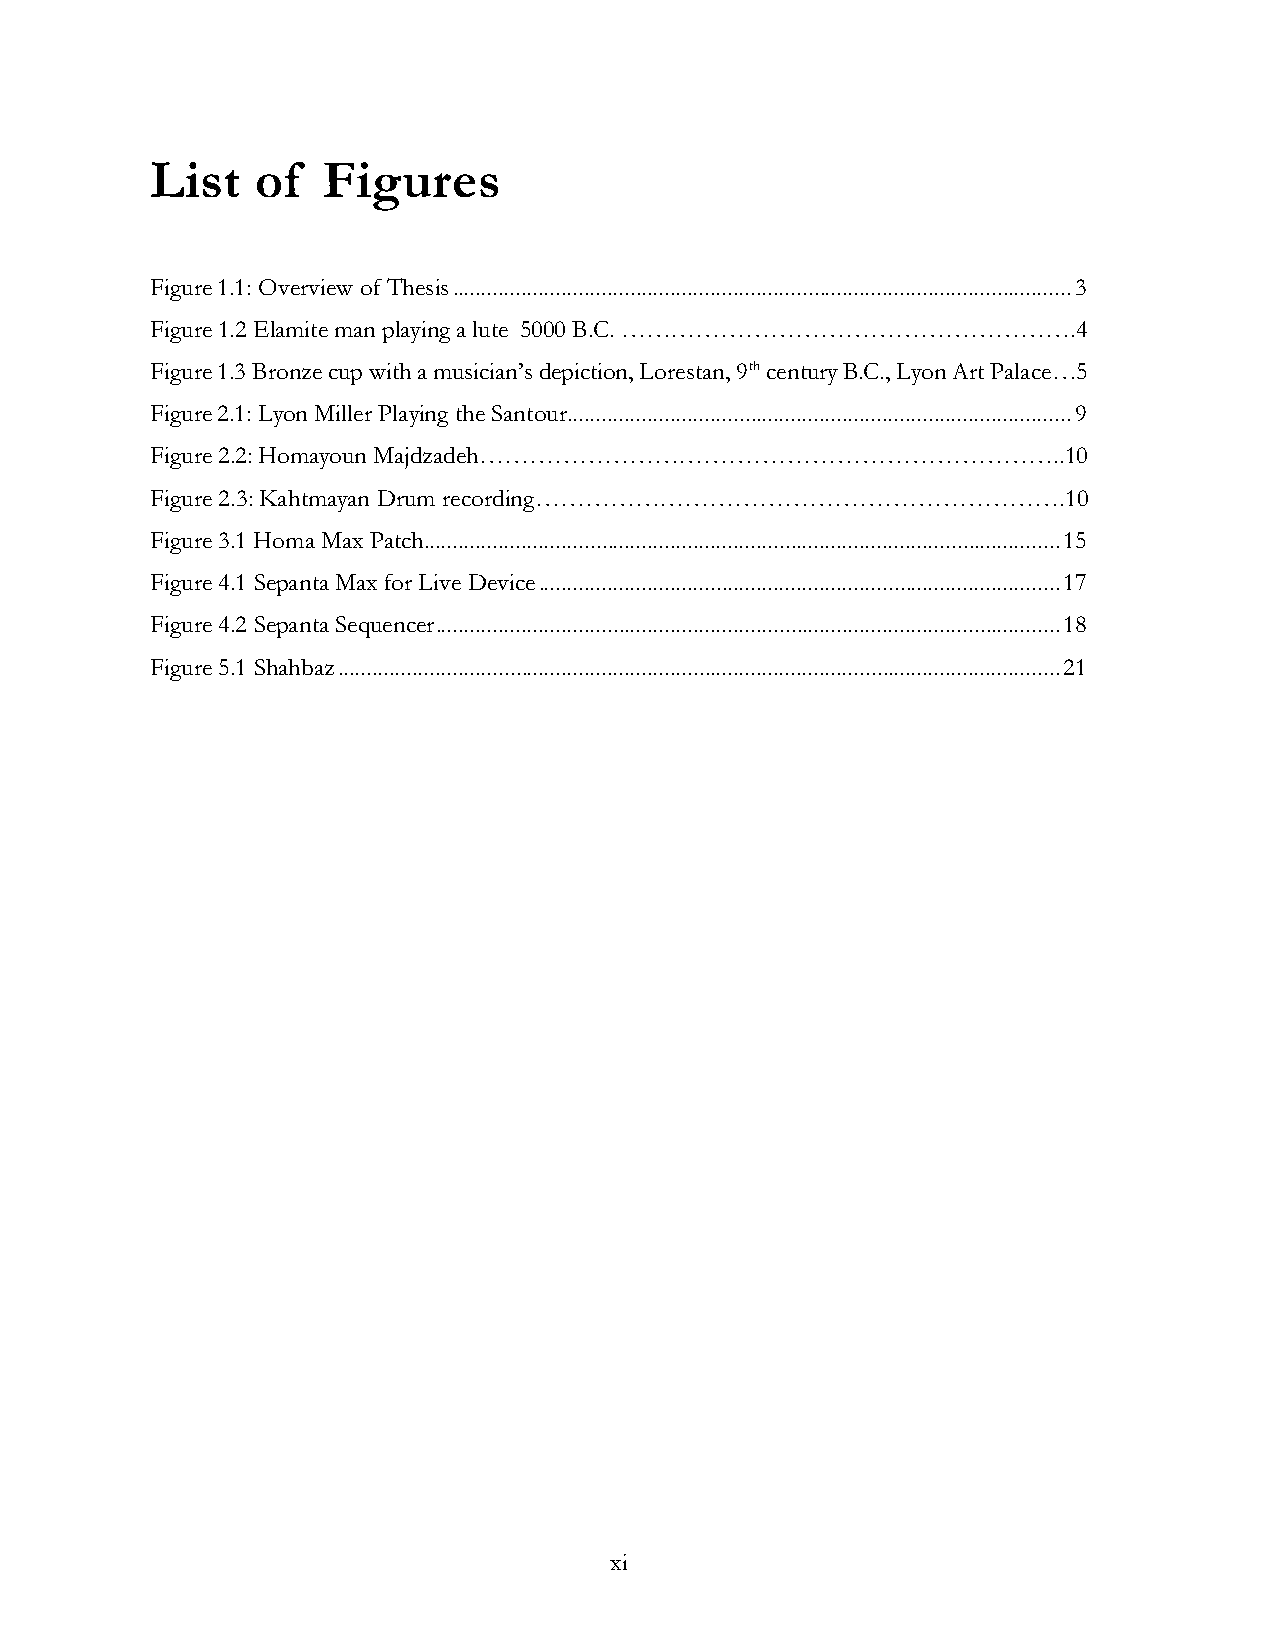
List   of  Figures
 Figure 1.1: Overview of Thesis ............................................................................................................ 3
 Figure 1.2 Elamite man playing a lute 5000 B.C. ……………………………………………….4
 Figure 1.3 Bronze cup with a musician’s depiction, Lorestan, 9th century B.C., Lyon Art Palace…5
 Figure 2.1: Lyon Miller Playing the Santour ........................................................................................ 9
 Figure 2.2: Homayoun Majdzadeh……………………………………………………………..10
 Figure 2.3: Kahtmayan Drum recording……………………………………………………….10
 Figure 3.1 Homa Max Patch............................................................................................................... 15
 Figure 4.1 Sepanta Max for Live Device ........................................................................................... 17
 Figure 4.2 Sepanta Sequencer ............................................................................................................. 18
 Figure 5.1 Shahbaz .............................................................................................................................. 21
 xi